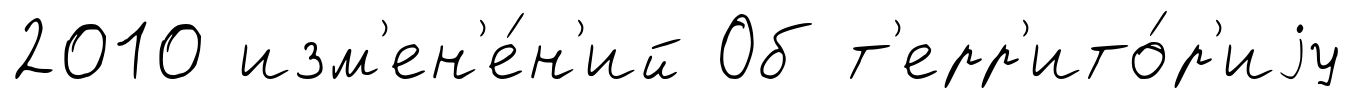
2010 изм'ен'е́н'ий Об т'ерр'ито́р'иjу